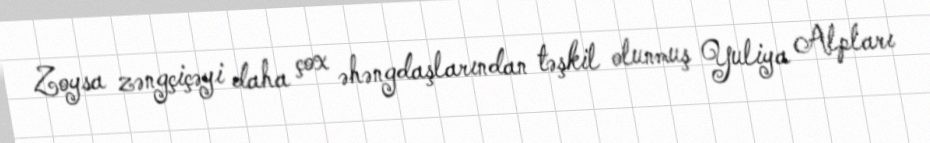
Zoysa zəngçiçəyi daha çox əhəngdaşlarından təşkil olunmuş Yuliya Alpları